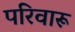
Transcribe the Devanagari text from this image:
परिवारू